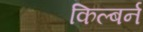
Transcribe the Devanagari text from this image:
किल्बर्न